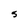
Character: S